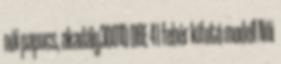
női papucs, akadály3001D OBE 41 fehér kifutó modell Női